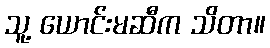
သူ့ ယောင်းမဆီက သိတာ။